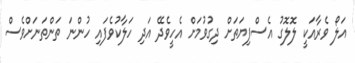
އަލޯ ވެރާއަކީ ލޮލޮގު އެސްފިޔަތަށް ދިގުވުމަށް އެހީވެދޭ އަދި ހަލާކުވެފައި ހުންނަ ތަންތަނަށްވެސް